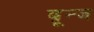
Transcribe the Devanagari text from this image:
ब्रून्ज